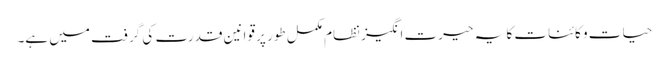
حیات و کائنات کا یہ حیرت انگیز نظام مکمل طور پر قوانین قدرت کی گرفت میں ہے۔